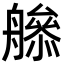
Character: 𦪜